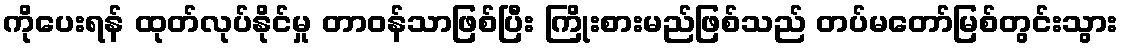
ကိုပေးရန် ထုတ်လုပ်နိုင်မှု တာဝန်သာဖြစ်ပြီး ကြိုးစားမည်ဖြစ်သည် တပ်မတော်မြစ်တွင်းသွား